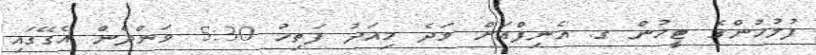
ފުލުހުންގެ ޓީމުން ގ. އެނިފްއަށް ވަދެ މިއަދު ފަތިހު 5:30 ވަންދެން އެގޭގައި